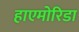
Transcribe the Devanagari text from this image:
हाएमोरिडा